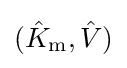
({\hat {K}}_{\mathrm {m} },{\hat {V}})